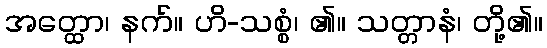
အတ္ထော၊ နက်။ ဟိ-သစ္စံ၊ ၏။ သတ္တာနံ၊ တို့၏။